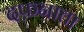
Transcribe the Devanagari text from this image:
दफ़नाता